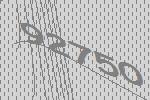
92750